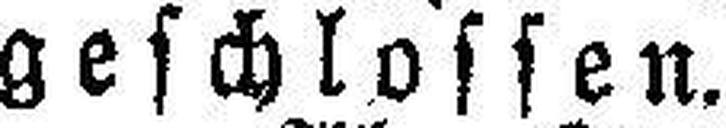
geschlossen.